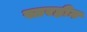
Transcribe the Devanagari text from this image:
स्तरहीन